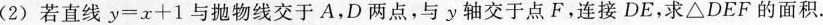
(2)若直线$$y=x+1$$与抛物线交于A，D两点，与y轴交于点F，连接DE，求\triangle DEF的面积.